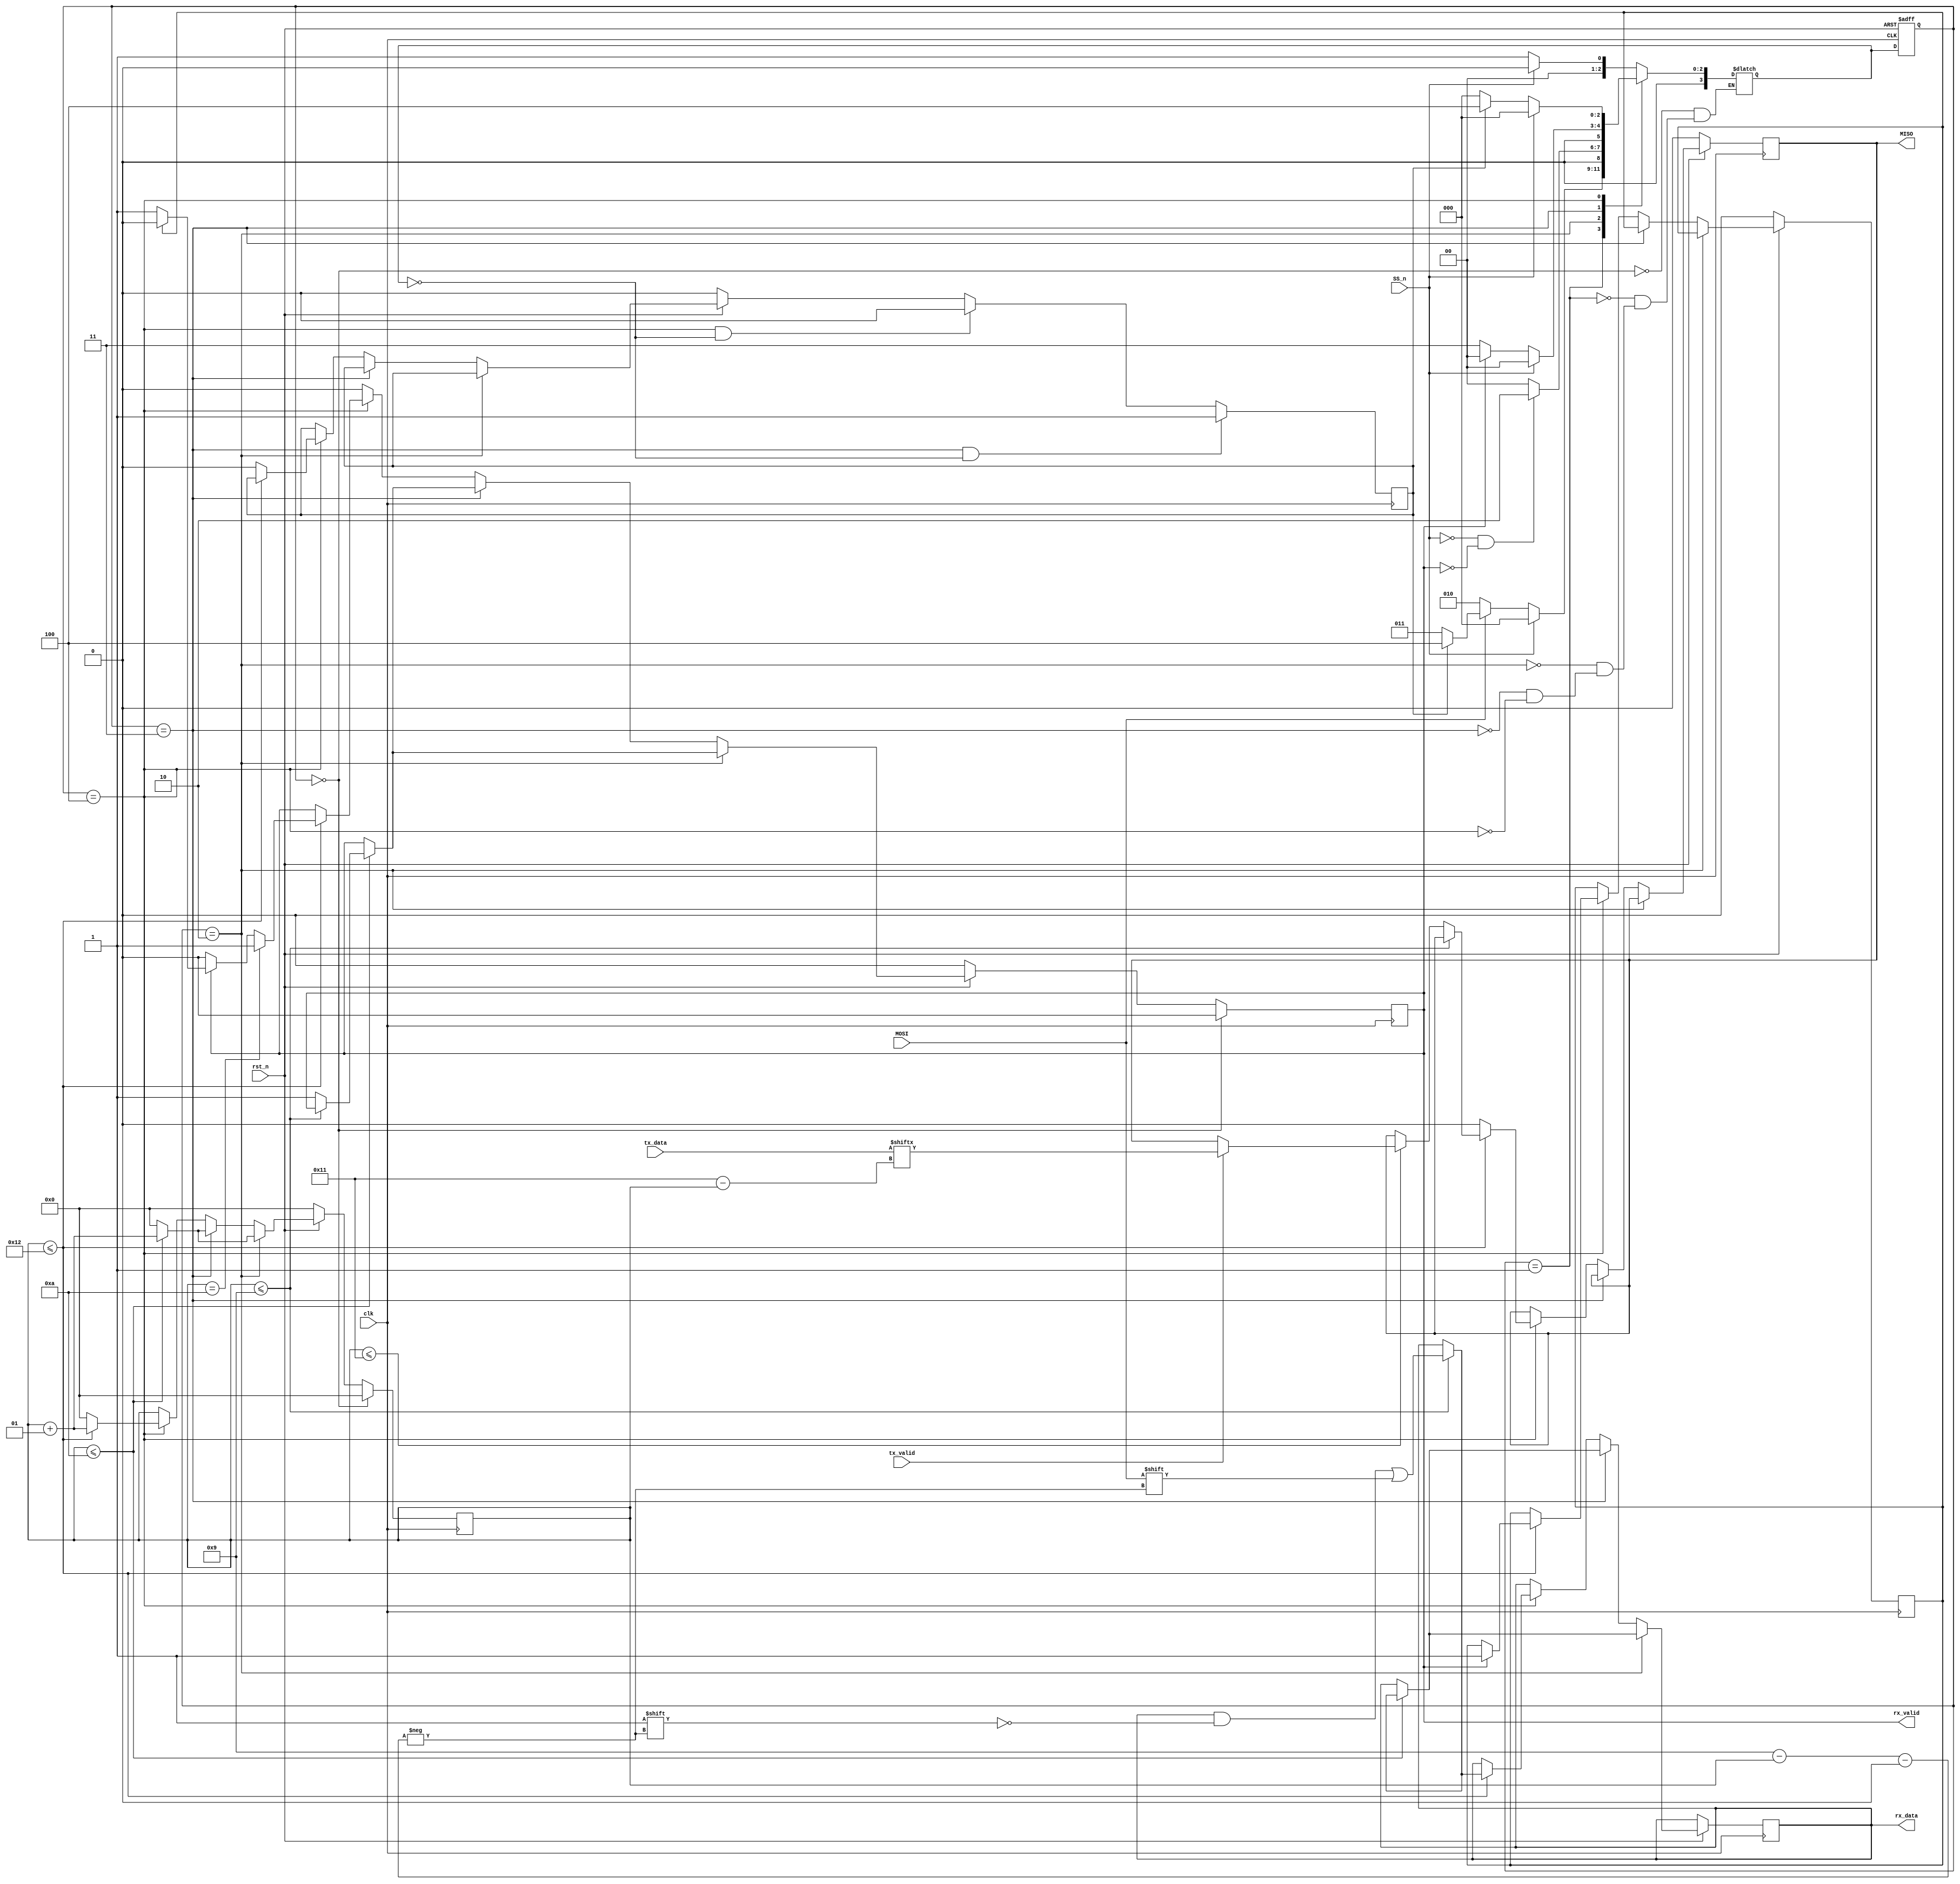
module SPI  (MOSI,MISO,SS_n,rx_data,rx_valid,tx_data,tx_valid,clk,rst_n);
input MOSI, tx_valid, SS_n, clk, rst_n;
    input [7:0] tx_data;
    output reg rx_valid, MISO;
    output reg [9:0] rx_data;
parameter IDLE=0;
parameter CHK_CMD=1;
parameter WRITE=2;
parameter READ_ADD=3;
parameter READ_DATA=4;
(* fsm_encoding = "gray" *)
    reg [3:0] cs, ns;
    integer i;
    reg u,rd_address;

    always @(posedge clk or negedge rst_n ) begin
        if (!rst_n) begin
              cs <= IDLE;
           
        end else begin
            cs <= ns;
            
    end
end

    always @(cs,SS_n,rd_address,rx_valid) begin
      
            case (cs)
                IDLE: begin
                    if (SS_n)
                        ns = IDLE;
                    else
                        ns = CHK_CMD;
                end
                CHK_CMD: begin
                    if (SS_n)
                        ns = IDLE;
                    else begin
                        if (!MOSI)
                            ns = WRITE;
                        else
                            if ((!rd_address))  ns=READ_ADD;
                            else  ns=READ_DATA;
            
                          end
                          end
                WRITE: begin
                    if ((!SS_n) && (!rx_valid))
                        ns = WRITE;
                    else
                        ns = IDLE;
                end
                   READ_ADD: begin
        if(SS_n)
        ns=IDLE;
      else
      if((!rx_valid))
      begin
      ns=READ_ADD;
      end
      else ns= IDLE;
       end
       READ_DATA: begin
        if(SS_n)
        ns=IDLE;
      else
      if((rd_address))
      begin
      ns=READ_DATA;
      end
      else ns= IDLE;
       end 
            endcase
         
        end
        always@(posedge clk)
        begin
            if(!rst_n)
            begin
                MISO<=0;
                u<=0;
            rd_address<=0;
            i <= 0;
            rx_valid <= 0;
            end
            else
        if (cs == WRITE) begin
                if (i <= 10) begin
                    i <= i + 1;
                    if (i <= 9)
                        rx_data[9 - i] <= MOSI;
                    else
                        rx_valid <= 1;
                end else begin
                    i <= 0;
                end
            end else
            if (cs == READ_ADD) begin
    
                if (i <= 10) begin
                    i <= i + 1;
                    if (i <= 9)
                        rx_data[9 - i] <= MOSI;
                    else
                        rx_valid <= 1;
                     
                end else begin
                    i <= 0;
                end
            end
        else if (cs == READ_DATA) begin
 
                if (i <= 18) begin
                i <= i + 1;
                if(rx_valid)
                begin
                u<=1;
            if (u) begin
rx_valid<=0;
            end end
                    if(i==10) rx_valid<=1;
                   
                    if (i <= 9)
                        rx_data[9 - i] <= MOSI;
                    else
                    begin
                        if(i<=17)
                        begin
                           if(tx_valid)
                        MISO<=tx_data[17-i];
                        end
                        end
                end else begin i<=0;
                               MISO<=0;
                                 rd_address<=0;  
                end
        end else begin
           rx_valid<=0; 

        end

    if(cs==IDLE) begin rx_valid<=0; i<=0; end
   if((cs==READ_DATA)&&(ns==IDLE))rd_address<=0;
       if((cs==READ_ADD)&&(ns==IDLE))rd_address<=1;    
        end
        
   
endmodule